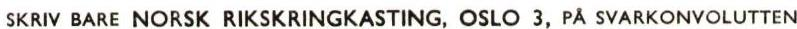
SKRIV BARE NORSK RIKSKRINGKASTING, OSLO 3, PÅ SVARKONVOLUTTEN